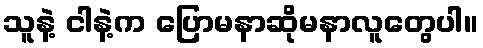
သူနဲ့ ငါနဲ့က ပြောမနာဆိုမနာလူတွေပါ။